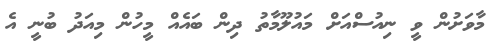
މާވަށުން ވީ ނިއުސްއަށް މައުލޫމާތު ދިން ބައެއް މީހުން މިއަދު ބުނީ އެ